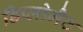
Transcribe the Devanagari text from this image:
डिप्लोमैट